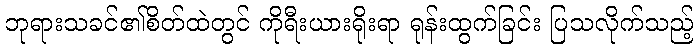
ဘုရားသခင်၏စိတ်ထဲတွင် ကိုရီးယားရိုးရာ ရုန်းထွက်ခြင်း ပြသလိုက်သည့်